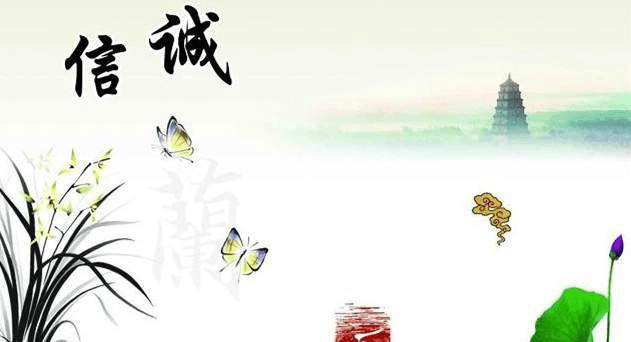
诚者，天之道也思诚者，人之道也。至诚而不动者，未之有也不诚，未有能动者也。